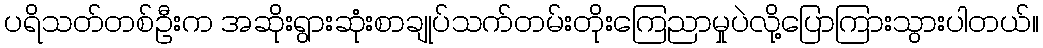
ပရိသတ်တစ်ဦးက အဆိုးရွားဆုံးစာချုပ်သက်တမ်းတိုးကြေညာမှုပဲလို့ပြောကြားသွားပါတယ်။